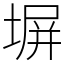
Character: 塀